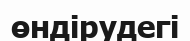
өндірудегі